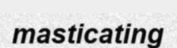
masticating